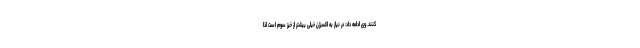
کنند. وی ادامه داد: در نیاز به اکسیژن خیلی بیشتر از خیز سوم است لذا